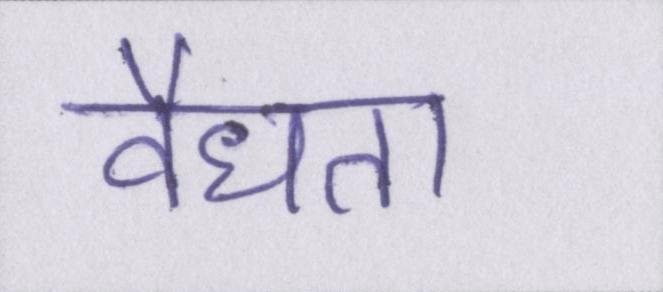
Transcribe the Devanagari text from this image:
वैधता